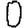
Digit: 0